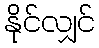
နိုင်လျှင်